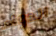
الدواء